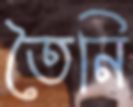
তৈনি